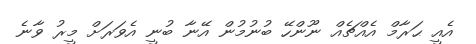
އެއީ ޙަރާމް އެއްޗެއް ނޫންހޭ ބުނުމުން އޭނާ ބުނީ އެވަރަށް މީރު ވާނެ